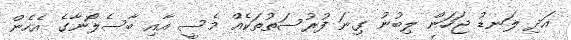
އަދި ލަނޑު ޖަހަން ލިބުނު ގިނަ ފުރުސަތުތަކެއް މެސީ އާއި ބާސެލޯނާގެ އެހެން